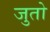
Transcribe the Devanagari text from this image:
जुतो